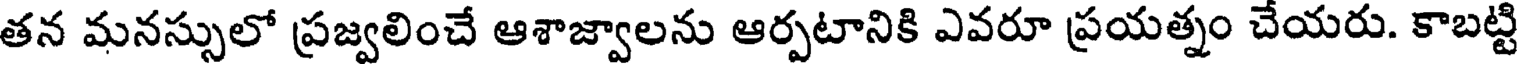
తన మనస్సులో ప్రజ్వలించే ఆశాజ్వాలను ఆర్పటానికి ఎవరూ ప్రయత్నం చేయరు. కాబట్టి